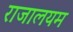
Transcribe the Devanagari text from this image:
राजालयम